Report on the Nagpur School of Medicine, Central Provinces
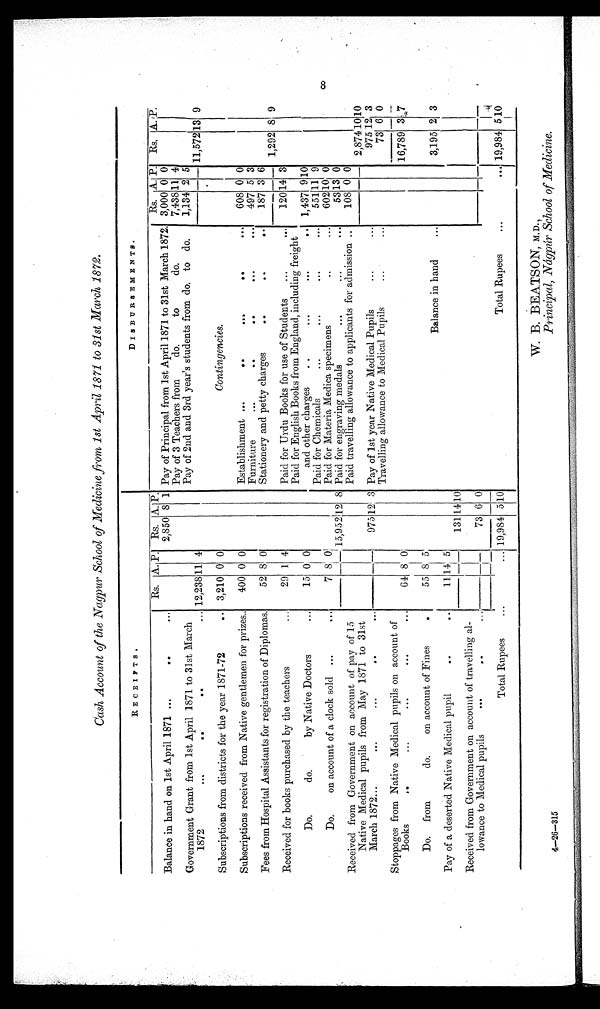
Cash Account of the Nagpur School of Medicine from 1st April 1871 to 31st March 1872.
RECEIPTS.
DISBURSEMENTS.
Rs. A. P. Rs. A. P.
Rs. A. P. Rs. A. P.
Pay of Principal from 1st April 1871 to 31st March 1872. 3,000 0 0
Balance in hand on 1st April 1871
2 , 8 5 0 8 1
Pay of 3 Teachers from do.
to
do.
7,438 1 1 4
Government Grant from 1st April 1871 to 31st March
1872
12,238 11
4
Pay of 2nd and 3rd year's students from do. to do.
1,134 2 5
11,572 13 9
Subscriptions from districts for the year 1871-72
3,210 0 0
Contingencies.
Subscriptions received from Native gentlemen for prizes.
400 0 0
Establishment
608 0 0
Fees from Hospital Assistants for registration of Diplomas.
52 8 0
Furniture
497 5 3
Stationery and petty charges
187 3 6
Received for books purchased by the teachers
29 1 4
Paid for Urdu Books for use of Students
120 14 3
1,292 8 9
Do. do. by Native Doctors
15 0 0
Paid for English Books from England, including freigh t
and other charges
1,437
9 10
Do. on account of a clock sold
7 8 0
Paid for Chemicals
551 11 9
Paid for Materia Medica specimens
602 10 0
Received from Government on account of pay of 15
Native Medical pupils from May 1871 to 31st
March 1872
15,952 12 8 Paid for engraving medals
53 13 0
Paid travelling allowance to applicants for admission
108 0 0
975 12 3
10
2,874 10
--
Pay of 1st year Native Medical Pupils
975 12 3
Stoppages from Native Medical pupils on account of
Books
64 8 0
Travelling allowance to Medical Pupils
73 6 0
16,789 3 7
Do. from do. on account of Fines
55 8 5
Balance in hand
3,195 2 3
Pay of a deserted Native Medical pupil
11
1 4
5
Received from Government on account of travelling al
lowance to Medical pupils
131 14 10
73 6 0
Total Rupees
19,984 5 10
Total Rupees
19,984 5 10
8
4—26—315
W. B. BEATSON, M.D.,
Principal, Nágpúr School of Medicine.